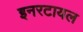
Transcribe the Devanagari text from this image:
इनरटायल